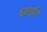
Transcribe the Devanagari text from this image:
छाई।